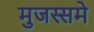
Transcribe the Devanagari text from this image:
मुजस्समे